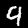
Digit: 9